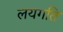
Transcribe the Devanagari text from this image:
लयगति